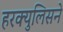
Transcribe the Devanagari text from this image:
हरक्युलिसने